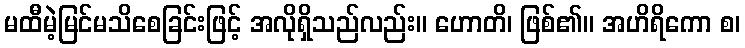
မထီမဲ့မြင်မသိစေခြင်းဖြင့် အလိုရှိသည်လည်း။ ဟောတိ၊ ဖြစ်၏။ အဟိရိကော စ၊